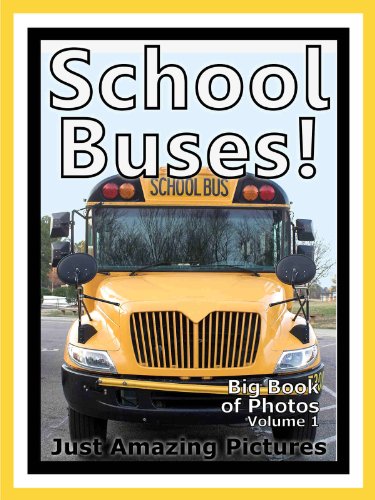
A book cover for Just School Bus Photos! Big Book of Photographs & Pictures of School Buses, Vol. 1; Big Book of Photos; Children's Books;